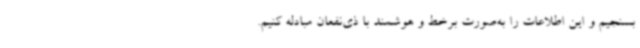
بسنجیم و این اطلاعات را به‌صورت برخط و هوشمند با ذی‌نفعان مبادله کنیم.